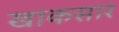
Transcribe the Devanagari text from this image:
खाकसार